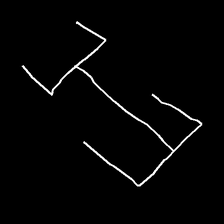
Glyph: entwine